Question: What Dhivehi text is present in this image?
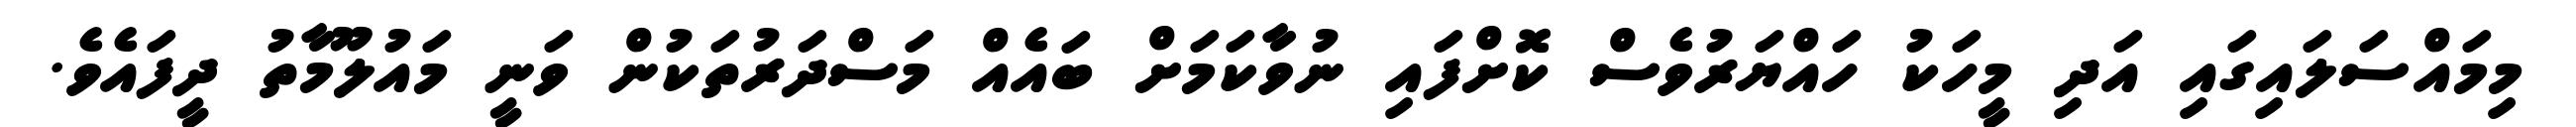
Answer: މިމައްސަލައިގައި އަދި މީހަކު ހައްޔަރުވެސް ކޮށްފައި ނުވާކަމަށް ބައެއް މަސްދަރުތަކުން ވަނީ މައުލޫމާތު ދީފައެވެ.